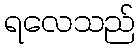
ရလေသည်